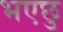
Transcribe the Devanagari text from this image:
भएछु